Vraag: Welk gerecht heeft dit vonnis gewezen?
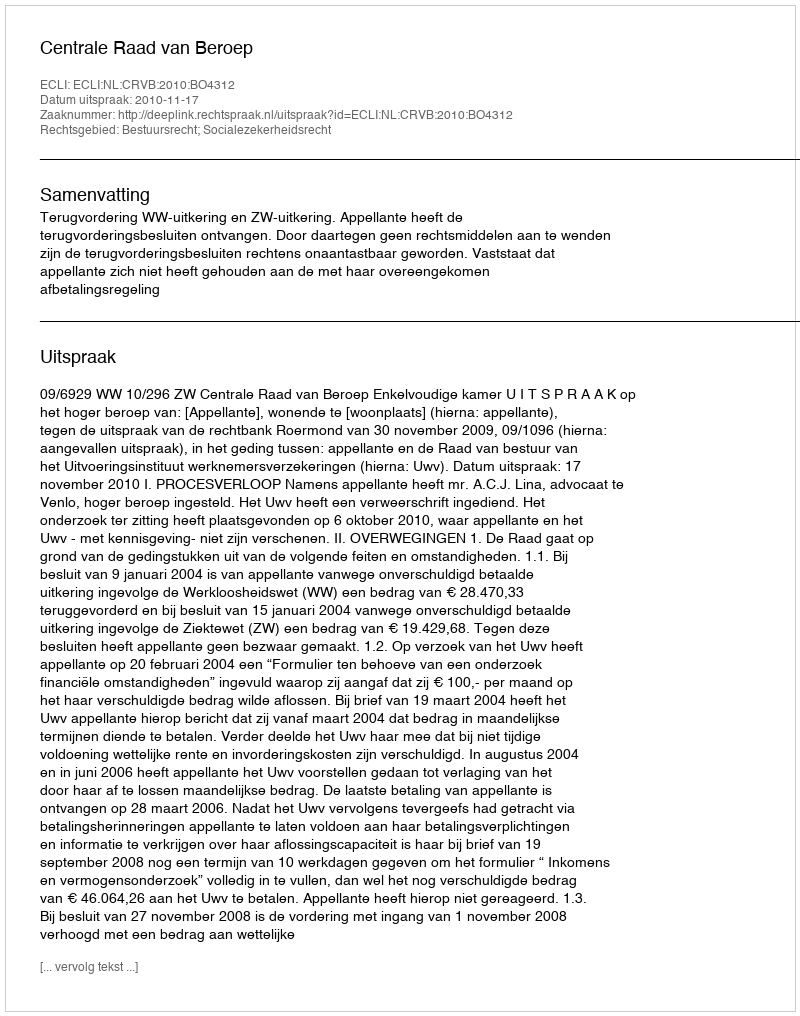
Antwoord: Centrale Raad van Beroep